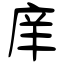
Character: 庠